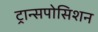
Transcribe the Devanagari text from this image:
ट्रान्सपोसिशन